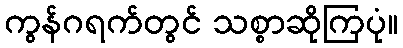
ကွန်ဂရက်တွင် သစ္စာဆိုကြပုံ။